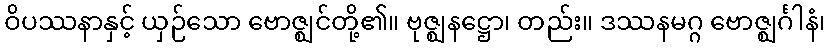
ဝိပဿနာနှင့် ယှဉ်သော ဗောဇ္ဈင်တို့၏။ ဗုဇ္ဈနဋ္ဌော၊ တည်း။ ဒဿနမဂ္ဂ ဗောဇ္ဈင်္ဂါနံ၊